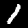
Digit: 1